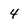
Character: 4